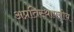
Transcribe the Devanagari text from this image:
अप्रतिस्थापनीय